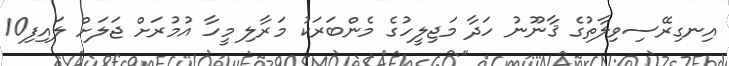
އިނގިރޭސިވިލާތުގެ ޤާނޫނު ހަދާ މަޖިލީހުގެ މެންބަރަކު މަރާލި މީހާ އުމުރަށް ޖަލަށް ލައިފި10